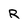
Character: R